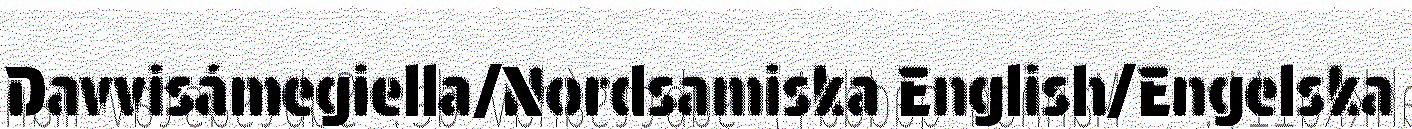
Davvisámegiella/Nordsamiska English/Engelska